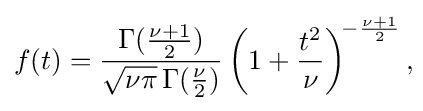
f(t)={\frac {\Gamma ({\frac {\nu +1}{2}})}{{\sqrt {\nu \pi }}\,\Gamma ({\frac {\nu }{2}})}}\left(1+{\frac {t^{2}}{\nu }}\right)^{\!-{\frac {\nu +1}{2}}},\!